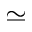
\simeq